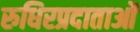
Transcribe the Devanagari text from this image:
रुधिरप्रदाताओं